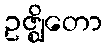
ဥဇ္ဈိတော